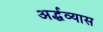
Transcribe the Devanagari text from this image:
अर्द्धव्यास